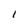
Character: I